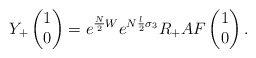
\begin{align*}Y_+\begin{pmatrix}1\\0\end{pmatrix}=e^{\frac{N}{2}W}e^{N\frac{l}{2}\sigma_3}R_+ AF\begin{pmatrix}1\\0\end{pmatrix} .\end{align*}